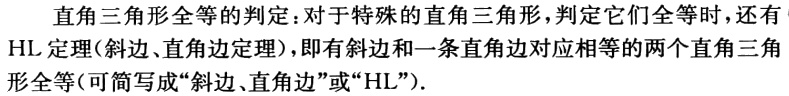
直角三角形全等的判定：对于特殊的直角三角形，判定它们全等时，还有HL定理(斜边、直角边定理)，即有斜边和一条直角边对应相等的两个直角三角形全等(可简写成“斜边、直角边”或“HL”).